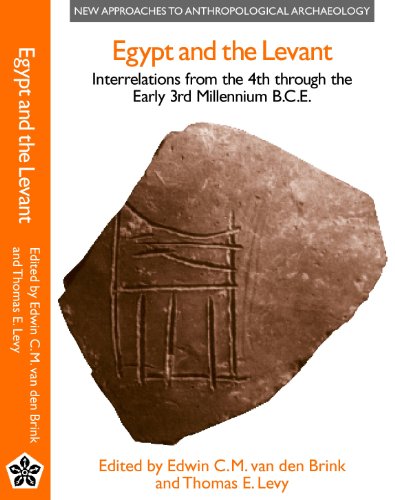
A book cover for Egypt and the Levant: Interrelations from the 4th Through the Early 3rd Millennium B.C.E. (New Approaches to Anthropological Archae); History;